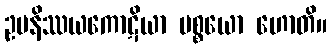
ဥပနိဿယကောဋိယာ ပစ္စယော ဟောတိ။